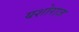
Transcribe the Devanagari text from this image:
यशोराज